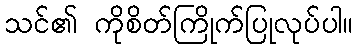
သင်၏ ကိုစိတ်ကြိုက်ပြုလုပ်ပါ။